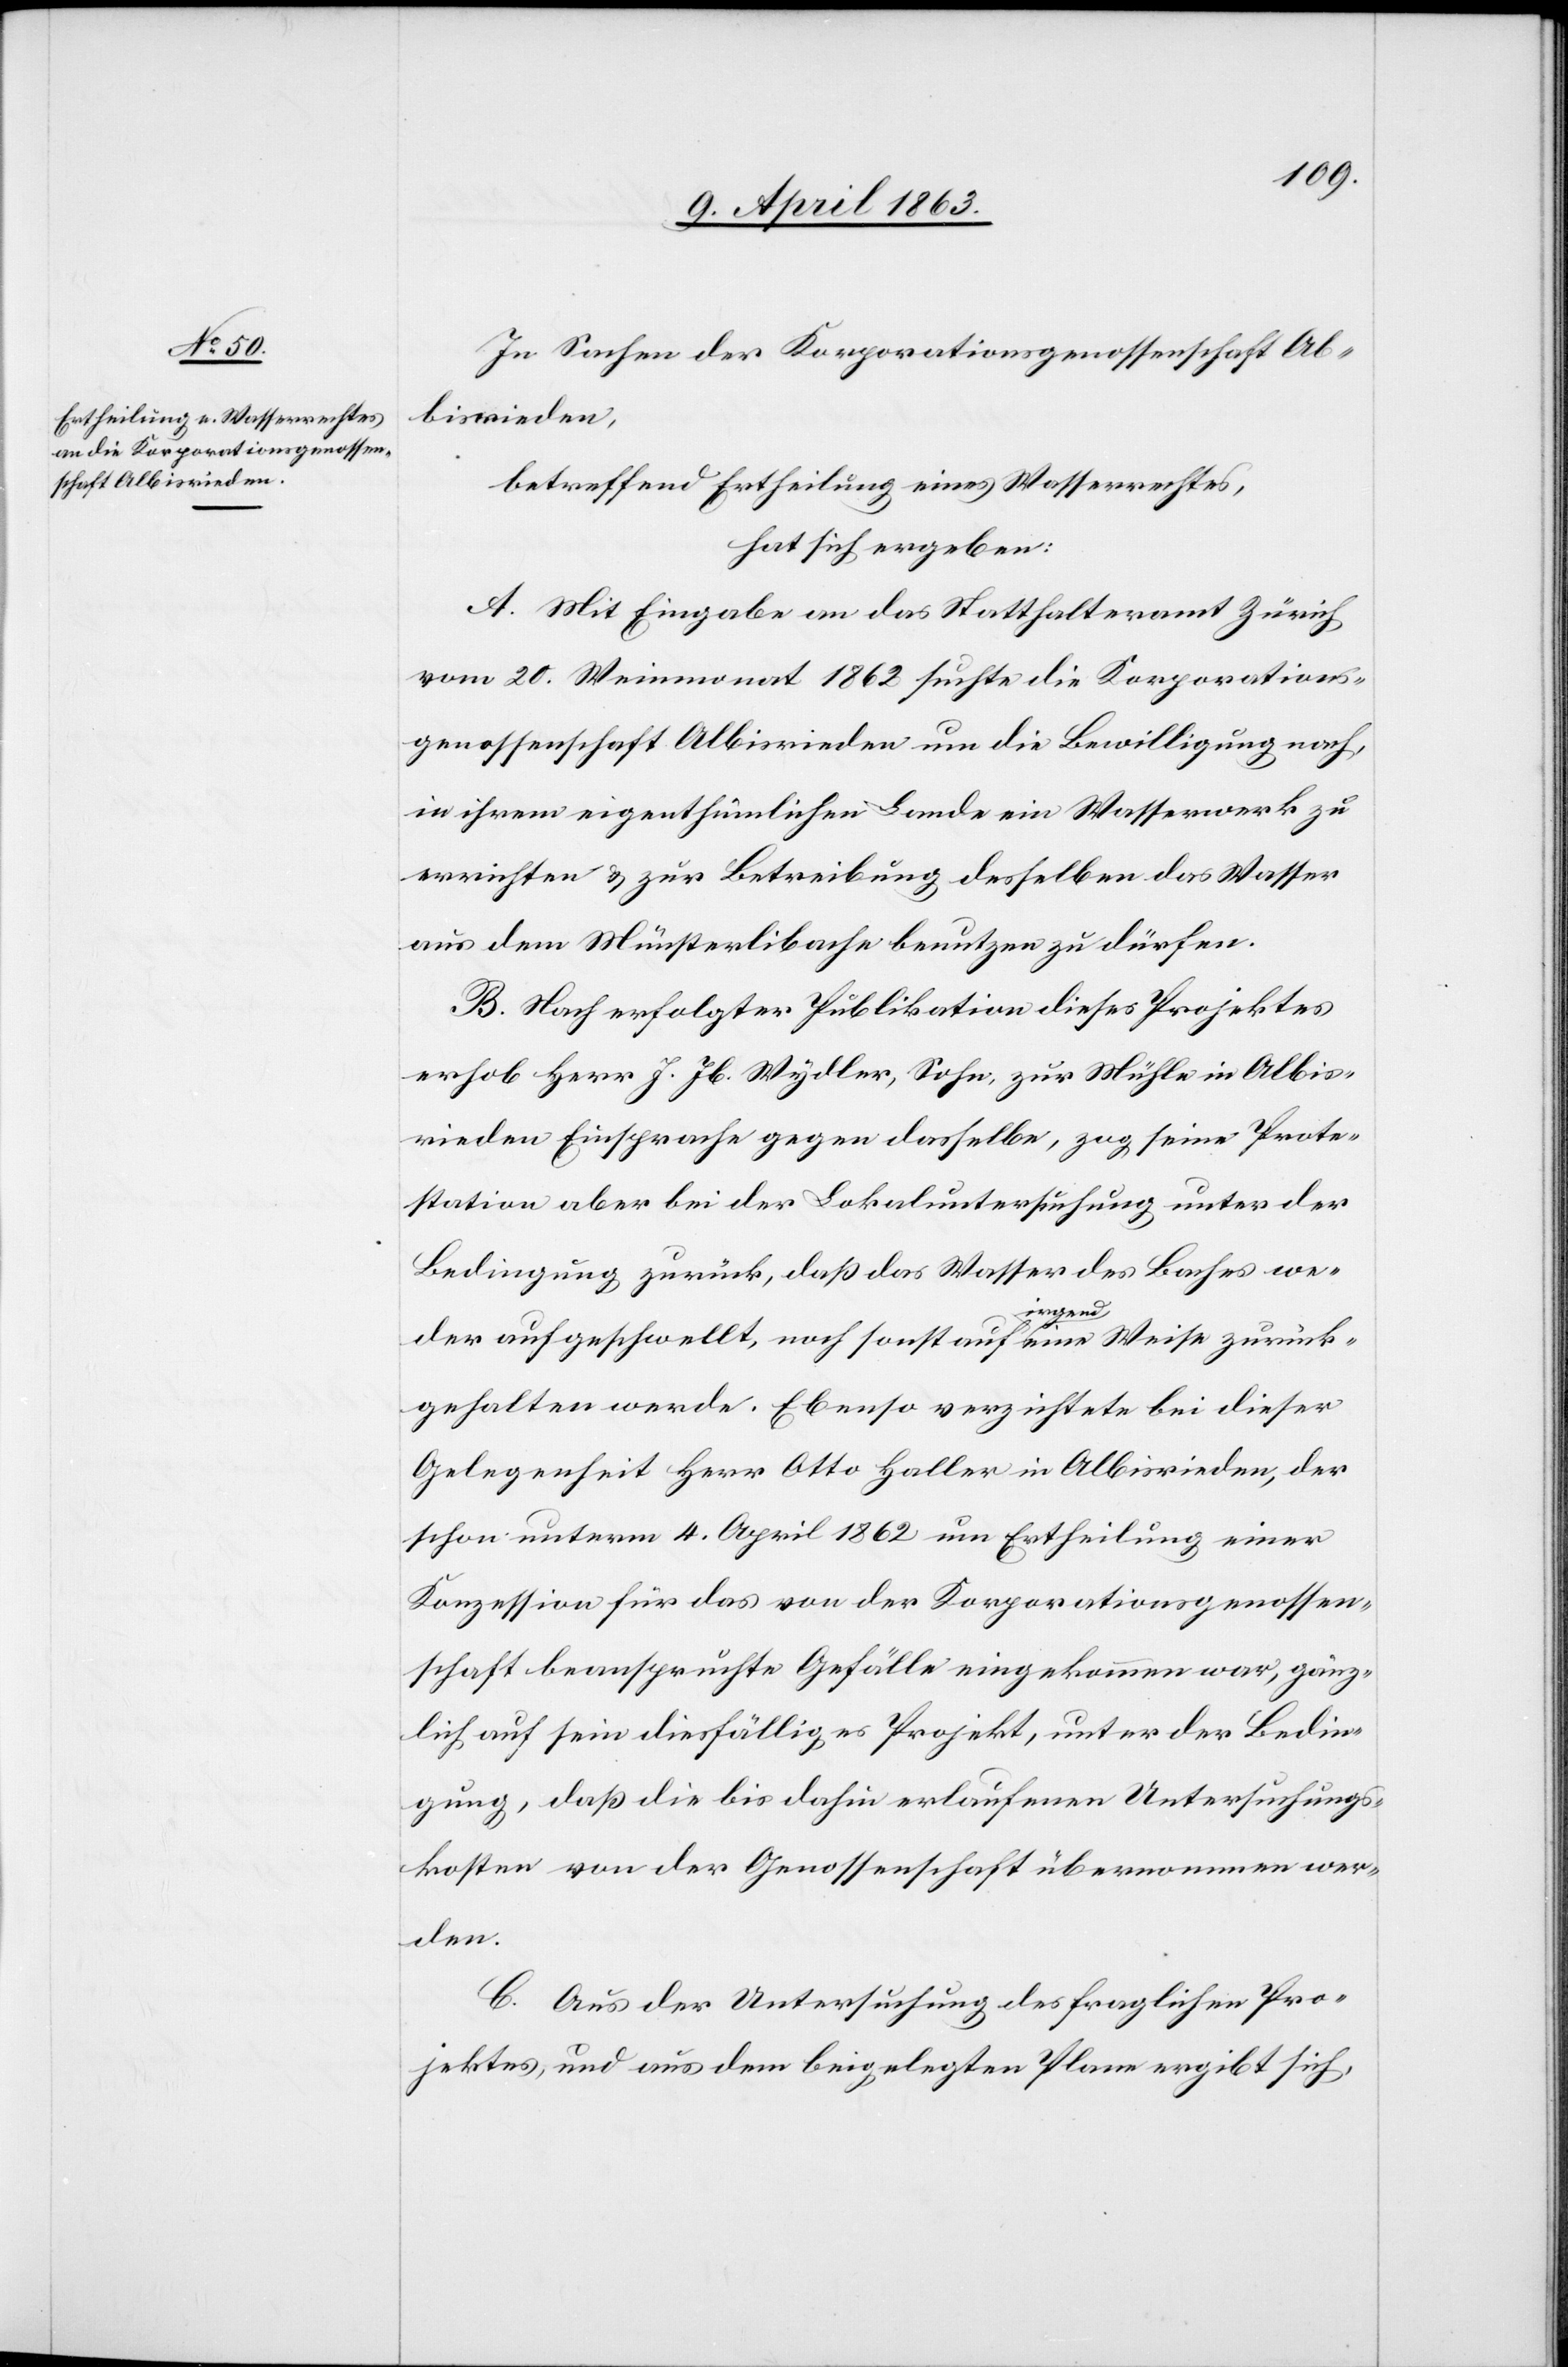
In Sachen der Korporationsgenossenschaft Al¬
bisrieden,
betreffend Ertheilung eines Wasserrechtes,
hat sich ergeben:
A. Mit Eingabe an das Statthalteramt Zürich
vom 20. Weinmonat 1862 suchte die Korporations¬
genossenschaft Albisrieden um die Bewilligung nach,
in ihrem eigenthümlichen Lande ein Wasserwerk zu
errichten & zur Betreibung desselben das Wasser
aus dem Münsterlibache benutzen zu dürfen.
B. Nach erfolgter Publikation dieses Projektes
erhob Herr J. Jb. Wydler, Sohn, zur Mühle in Albis¬
rieden Einsprache gegen dasselbe, zog seine Prote¬
station aber bei der Lokaluntersuchung unter der
Bedingung zurück, daß das Wasser des Baches we¬
der aufgeschwellt, noch sonst auf a-irgend-a eine Weise zurück¬
gehalten werde. Ebenso verzichtet bei dieser
Gelegenheit Herr Otto Haller in Albisrieden, der
schon unterm 4. April 1862 um Ertheilung einer
Konzession für das von der Korporationsgenossen¬
schaft beanspruchte Gefälle eingekommen war, gänz¬
lich auf sein diesfälliges Projekt, unter der Bedin¬
gung, daß die bis dahin erlaufenen Untersuchungs¬
kosten von der Genossenschaft übernommen wer¬
den.
C. Aus der Untersuchung des fraglichen Pro¬
jektes, und aus dem beigelegten Plane ergibt sich,